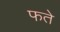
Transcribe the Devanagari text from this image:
फते